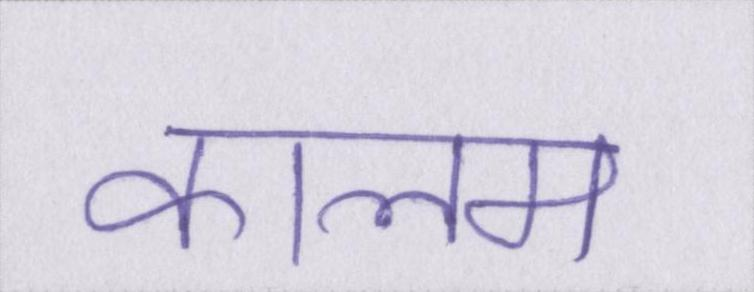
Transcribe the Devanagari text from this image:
कालम